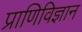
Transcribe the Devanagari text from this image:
प्राणिविज्ञान